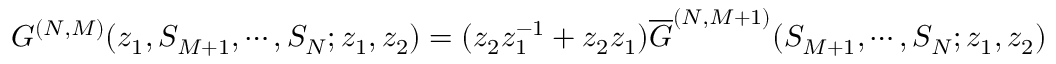
G ^ { ( N , M ) } ( z _ { 1 } , S _ { M + 1 } , \cdots , S _ { N } ; z _ { 1 } , z _ { 2 } ) = ( z _ { 2 } z _ { 1 } ^ { - 1 } + z _ { 2 } z _ { 1 } ) { \overline { { G } } } ^ { ( N , M + 1 ) } ( S _ { M + 1 } , \cdots , S _ { N } ; z _ { 1 } , z _ { 2 } )